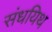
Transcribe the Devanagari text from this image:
संधयिथ